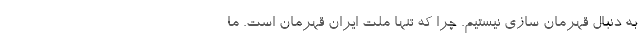
به دنبال قهرمان سازی نیستیم. چرا که تنها ملت ایران قهرمان است. ما